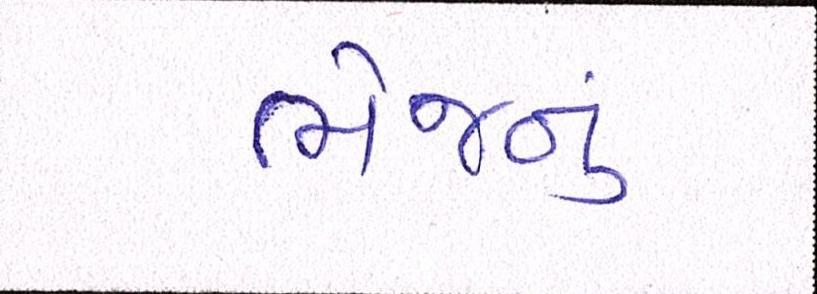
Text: ભેજનું